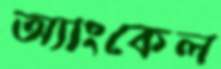
অ্যাংকেল